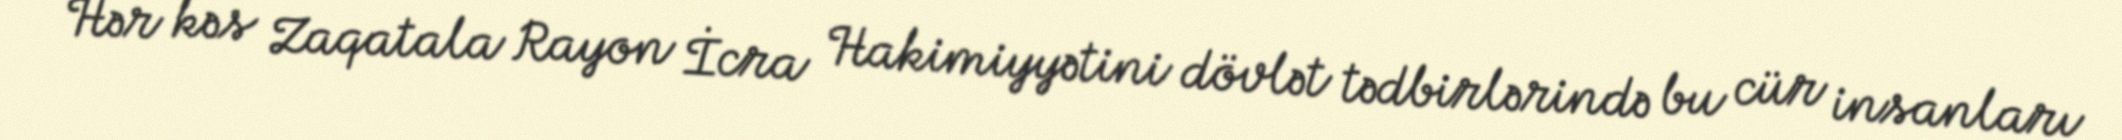
Hər kəs Zaqatala Rayon İcra Hakimiyyətini dövlət tədbirlərində bu cür insanları